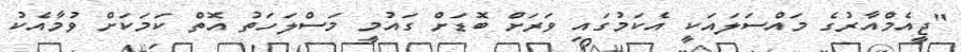
"ޖީއެމްއާރުގެ މައްސަލައަކީ އެކަމުގައި ވަރަށް ބޮޑަށް ގައުމީ މަސްލަހަތު އޮތް ކަމަކަށް ވުމާއެކު